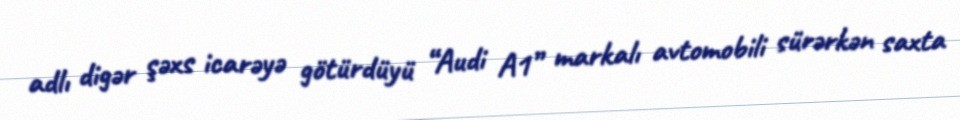
adlı digər şəxs icarəyə götürdüyü “Audi A1” markalı avtomobili sürərkən saxta